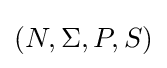
(N,\Sigma ,P,S)